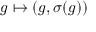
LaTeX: g \mapsto ( g , \sigma ( g ) )